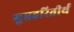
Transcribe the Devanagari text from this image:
गुप्तहरितीर्थ